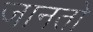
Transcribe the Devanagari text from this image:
जानतो